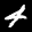
Label: 4